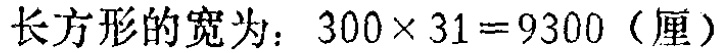
长方形的宽为：\(300\times 31 = 9300\)（厘）